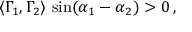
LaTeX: \langle \Gamma _ { 1 } , \Gamma _ { 2 } \rangle \, \sin ( \alpha _ { 1 } - \alpha _ { 2 } ) > 0 \, ,